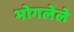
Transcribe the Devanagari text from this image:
भोगलेले